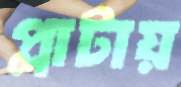
প্লাটায়